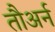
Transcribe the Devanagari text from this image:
तौअर्न